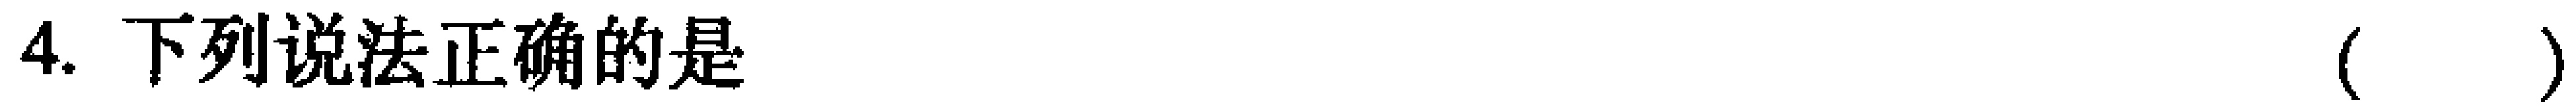
4. 下列说法正确的是 （  ）